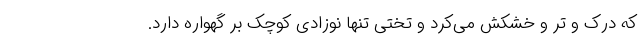
که درک و تر و خشکش می‌کرد و تختی تنها نوزادی کوچک بر گهواره دارد.